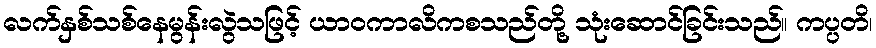
လက်နှစ်သစ်နေမွန်းလွဲသဖြင့် ယာဝကာလိကစသည်တို့ သုံးဆောင်ခြင်းသည်။ ကပ္ပတိ၊